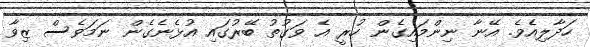
ހަދާލިއެވެ. އޭނާ ނިންމައިގެން ހުރީ އެ ވަގުތު ބޭރުގައި އުޅެނެގެން ނަމަވެސް ޒިވާ